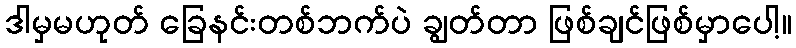
ဒါမှမဟုတ် ခြေနင်းတစ်ဘက်ပဲ ချွတ်တာ ဖြစ်ချင်ဖြစ်မှာပေါ့။